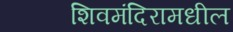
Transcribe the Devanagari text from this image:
शिवमंदिरामधील